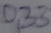
Text: 0,33